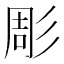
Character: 彫